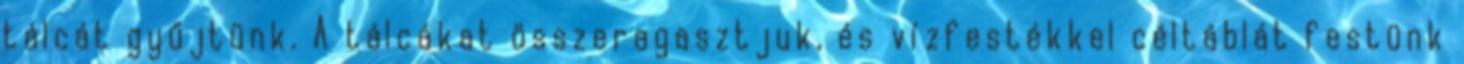
tálcát gyűjtünk. A tálcákat összeragasztjuk, és vízfestékkel céltáblát festünk